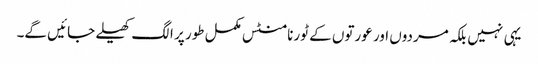
یہی نہیں بلکہ مردوں اور عورتوں کے ٹورنامنٹس مکمل طور پر الگ کھیلے جائیں گے۔